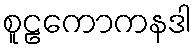
စူဠကောကနဒါ